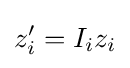
z'_{i}=I_{i}z_{i}